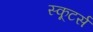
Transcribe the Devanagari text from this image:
स्कूटर्स